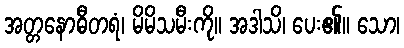
အတ္တနောဓီတရံ၊ မိမိသမီးကို။ အဒါသိ၊ ပေး၏။ သော၊